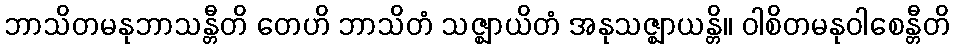
ဘာသိတမနုဘာသန္တီတိ တေဟိ ဘာသိတံ သဇ္ဈာယိတံ အနုသဇ္ဈာယန္တိ။ ဝါစိတမနုဝါစေန္တီတိ